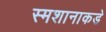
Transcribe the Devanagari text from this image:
स्मशानाकडे